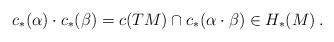
\begin{align*} c_*(\alpha) \cdot c_*(\beta) = c(TM)\cap c_*(\alpha \cdot \beta) \in H_*(M)\:. \end{align*}